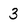
Character: 3